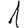
Digit: 1